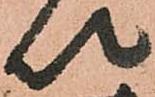
以